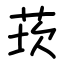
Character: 莰